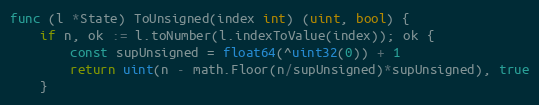
Language: Go
func (l *State) ToUnsigned(index int) (uint, bool) {
	if n, ok := l.toNumber(l.indexToValue(index)); ok {
		const supUnsigned = float64(^uint32(0)) + 1
		return uint(n - math.Floor(n/supUnsigned)*supUnsigned), true
	}